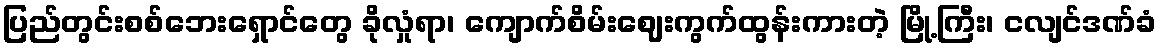
ပြည်တွင်းစစ်ဘေးရှောင်တွေ ခိုလှုံရာ၊ ကျောက်စိမ်းဈေးကွက်ထွန်းကားတဲ့ မြို့ကြီး၊ ငလျင်ဒဏ်ခံ